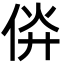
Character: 㑞